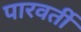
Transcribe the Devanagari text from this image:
पारवर्ती